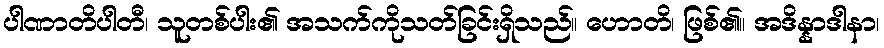
ပါဏာတိပါတီ၊ သူတစ်ပါး၏ အသက်ကိုသတ်ခြင်းရှိသည်။ ဟောတိ၊ ဖြစ်၏။ အဒိန္နာဒါနာ၊